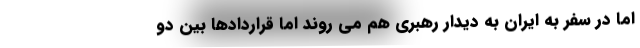
اما در سفر به ایران به دیدار رهبری هم می روند اما قراردادها بین دو